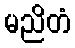
မညိတံ